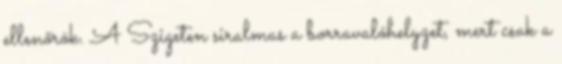
ellenőrök. A Szigeten siralmas a borravalóhelyzet, mert csak a